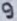
Text: 9